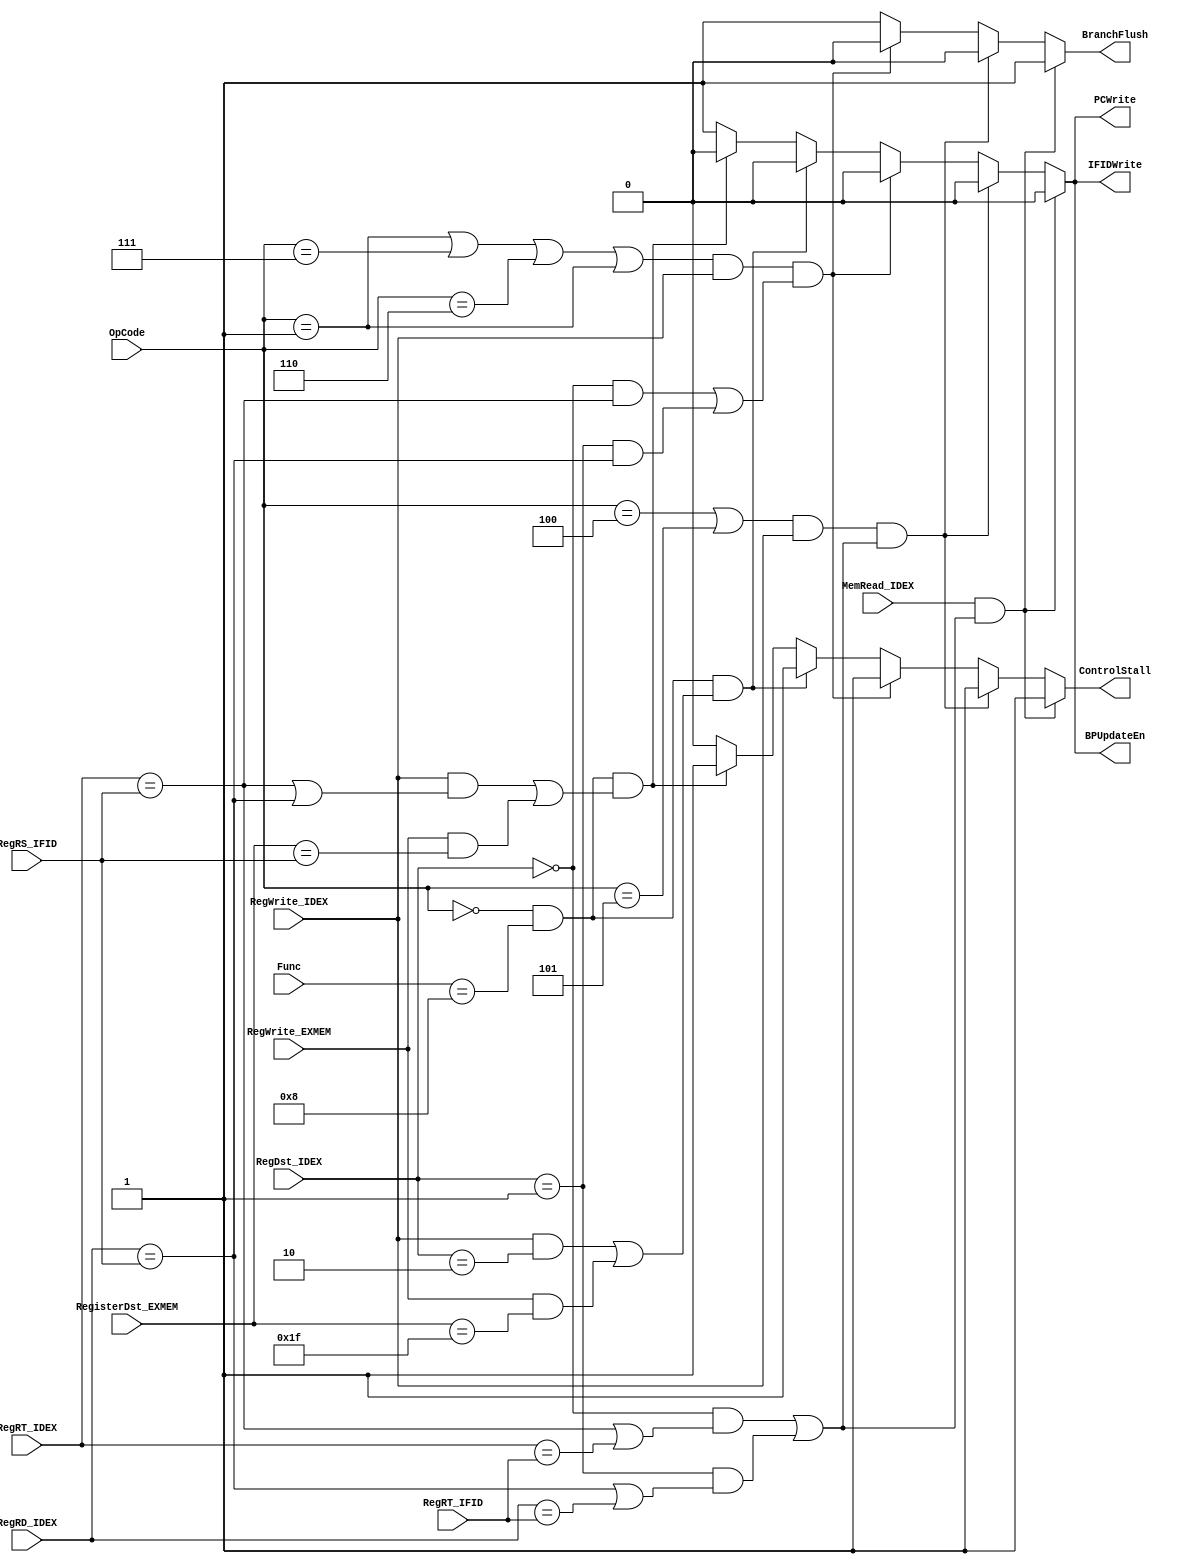
`timescale 1ns / 1ps

////////////////////////////////////////////////////////////////////////////////
// ECE369 - Computer Architecture
// 
// Group Members    : Diego Moscoso, Fausto Sanchez, Jake Summerville
// Percent Effort   : 33.3% - 33.3% - 33.3%
//
// Module           : HazardDetectionUnit.v
// Description      : This file controls the hazard detection unit
////////////////////////////////////////////////////////////////////////////////

module HazardDetectionUnit(

    // --- Inputs ---
    OpCode, Func,                   // Instruction
    RegRS_IFID, RegRT_IFID,             // Read Registers
    
    // ID/EX
    RegRT_IDEX, RegRD_IDEX,         // Registers
    RegWrite_IDEX, MemRead_IDEX,    // Signals
    RegDst_IDEX,            

    // EX/MEM
    RegisterDst_EXMEM, RegWrite_EXMEM, 
    
    // --- Outputs ---  
    PCWrite, IFIDWrite, ControlStall, BPUpdateEn, BranchFlush); // Hazard Signals

    //--------------------------------
    // Inputs
    //--------------------------------
    
    input [5:0] OpCode, Func;
    
    input MemRead_IDEX, RegWrite_EXMEM, RegWrite_IDEX;
    input [1:0] RegDst_IDEX;
    input [4:0] RegRS_IFID, RegRT_IFID;
    input [4:0] RegRT_IDEX, RegRD_IDEX; 
    input [4:0] RegisterDst_EXMEM;

    //--------------------------------
    // Outputs
    //--------------------------------

    output reg PCWrite, IFIDWrite, ControlStall, BPUpdateEn, BranchFlush;
    
    //--------------------------------
    // Local Param                        
    //--------------------------------
    
    // OpCodes
    localparam [5:0] JR     = 6'b000000,
                     BGEZ   = 6'b000001,
                     BLTZ   = 6'b000001,
                     BEQ    = 6'b000100,
                     BNE    = 6'b000101,
                     BLEZ   = 6'b000110,
                     BGTZ   = 6'b000111;

    //--------------------------------
    // Hazard Detection Logic
    //--------------------------------

    initial begin
        PCWrite      <= 1'b1;
        IFIDWrite    <= 1'b1;
        ControlStall <= 1'b0;
        BPUpdateEn   <= 1'b1;
        BranchFlush  <= 1'b1;
    end
    
    always @ (*) begin

        // Load in EX and depedency in ID 
        if (MemRead_IDEX && (( RegDst_IDEX == 2'b0 && ((RegRT_IDEX == RegRS_IFID) || (RegRT_IDEX == RegRT_IFID)) ) || 
                             ( RegDst_IDEX == 2'b1 && ((RegRD_IDEX == RegRS_IFID) || (RegRD_IDEX == RegRT_IFID)) ))) begin
            
            PCWrite      <= 1'b0;
            IFIDWrite    <= 1'b0;
            ControlStall <= 1'b1;
            BPUpdateEn   <= 1'b0;
            BranchFlush  <= 1'b1;
        
        end
        
        // Branch (rs and rt): RegWrite in EX and depedency in ID
        else if ( (OpCode == BEQ || OpCode == BNE) && 
                  RegWrite_IDEX && (( RegDst_IDEX == 2'b0 && ((RegRT_IDEX == RegRS_IFID) || (RegRT_IDEX == RegRT_IFID)) ) || 
                                    ( RegDst_IDEX == 2'b1 && ((RegRD_IDEX == RegRS_IFID) || (RegRD_IDEX == RegRT_IFID)) )) ) begin
            
            PCWrite      <= 1'b0;
            IFIDWrite    <= 1'b0;
            ControlStall <= 1'b1;
            BPUpdateEn   <= 1'b0;
            BranchFlush  <= 1'b0;
        
        end
        
        // Branch (just rs): RegWrite in EX and depedency in ID
        else if ( (OpCode == BGEZ || OpCode == BGTZ || OpCode == BLEZ || OpCode == BLTZ) && 
                  RegWrite_IDEX && (( RegDst_IDEX == 2'b0 && RegRT_IDEX == RegRS_IFID ) || 
                                    ( RegDst_IDEX == 2'b1 && RegRD_IDEX == RegRS_IFID )) ) begin
            
            PCWrite      <= 1'b0;
            IFIDWrite    <= 1'b0;
            ControlStall <= 1'b1;
            BPUpdateEn   <= 1'b0;
            BranchFlush  <= 1'b0;
        
        end
        
        // JR in ID and JAL in EX or MEM
        else if ( OpCode == JR && Func == 6'b001000 && 
                  ((RegWrite_IDEX && RegDst_IDEX == 2'b10) || (RegWrite_EXMEM && RegisterDst_EXMEM == 5'd31)) ) begin
        
            PCWrite      <= 1'b0;
            IFIDWrite    <= 1'b0;
            ControlStall <= 1'b1;
            BPUpdateEn   <= 1'b0;
            BranchFlush  <= 1'b1;
        
        end
        
        // JR in ID and lw in EX or MEM
        else if ( OpCode == JR && Func == 6'b001000 && 
                  ((RegWrite_IDEX && (RegRT_IDEX == RegRS_IFID || RegRD_IDEX == RegRS_IFID)) || 
                  (RegWrite_EXMEM && RegisterDst_EXMEM == RegRS_IFID)) ) begin
        
            PCWrite      <= 1'b0;
            IFIDWrite    <= 1'b0;
            ControlStall <= 1'b1;
            BPUpdateEn   <= 1'b0;
            BranchFlush  <= 1'b1;
        
        end
        
        else begin
        
            PCWrite      <= 1'b1;
            IFIDWrite    <= 1'b1;
            ControlStall <= 1'b0;
            BPUpdateEn   <= 1'b1;
            BranchFlush  <= 1'b1;
            
        end
		       
    end

endmodule